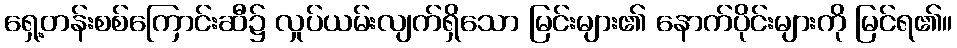
ရှေ့တန်းစစ်ကြောင်းဆီ၌ လှုပ်ယမ်းလျက်ရှိသော မြင်းများ၏ နောက်ပိုင်းများကို မြင်ရ၏။